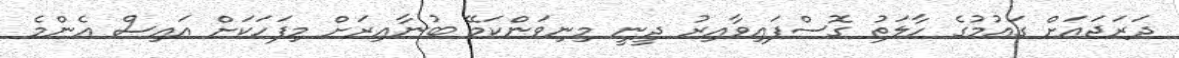
ދަރަޖައަށް ގައުމުގެ ހާލަތު ގޮސްފައިވާއިރު ދީނީ މިނިވަންކަމޭ ބުނާއިރަށް މިފަހަކަށް އައިސް އެންމެ